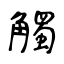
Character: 觸